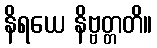
နိရယေ နိဗ္ဗတ္တတိ။